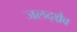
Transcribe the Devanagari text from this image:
जलद्श्चैव